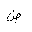
Letter: _dad